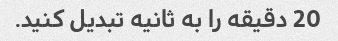
20 دقیقه را به ثانیه تبدیل کنید.